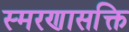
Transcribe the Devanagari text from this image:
स्मरणासक्ति